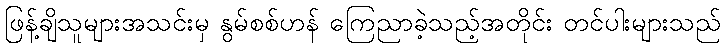
ဖြန့်ချိသူများအသင်းမှ နွမ်စစ်ဟန် ကြေညာခဲ့သည့်အတိုင်း တင်ပါးများသည်